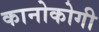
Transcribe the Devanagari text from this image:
कानोकोगी